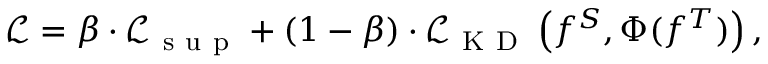
\mathcal { L } = \beta \cdot \mathcal { L } _ { \mathrm { ~ s ~ u ~ p ~ } } + ( 1 - \beta ) \cdot \mathcal { L } _ { \mathrm { ~ K ~ D ~ } } \left( f ^ { S } , \Phi ( f ^ { T } ) \right) ,